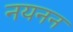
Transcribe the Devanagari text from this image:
नयनन